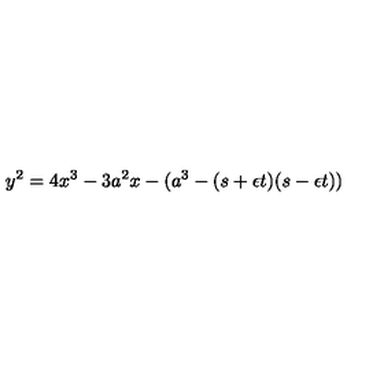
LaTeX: y ^ { 2 } = 4 x ^ { 3 } - 3 a ^ { 2 } x - ( a ^ { 3 } - ( s + \epsilon t ) ( s - \epsilon t ) )